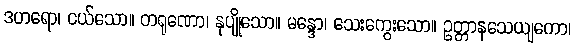
ဒဟရော၊ ငယ်သော။ တရုဏော၊ နုပျိုသော။ မန္ဒော၊ သေးကွေးသော။ ဥတ္တာနသေယျကော၊